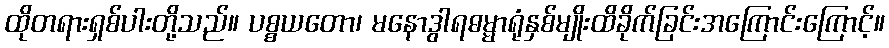
ထိုတရားရှစ်ပါးတို့သည်။ ပစ္စယတော၊ မနောဒွါရဓမ္မာရုံနှစ်မျိုးထိခိုက်ခြင်းအကြောင်းကြောင့်။